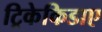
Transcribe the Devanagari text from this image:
ट्रिकेकिडाए